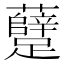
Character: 躠